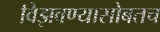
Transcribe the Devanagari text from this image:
विझवण्यासोबतच